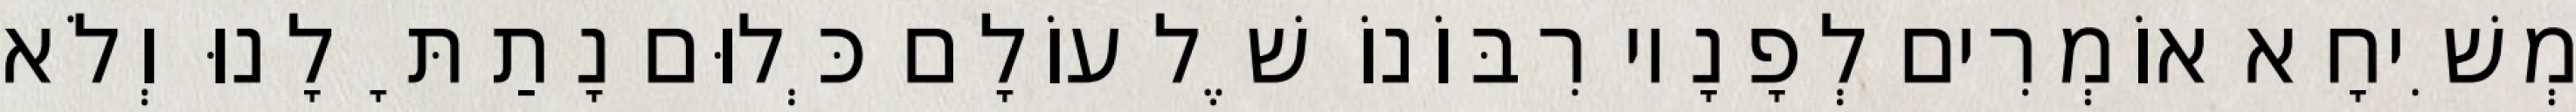
מְשִׁיחָא אוֹמְרִים לְפָנָיו רִבּוֹנוֹ שֶׁל עוֹלָם כְּלוּם נָתַתָּ לָנוּ וְלֹא